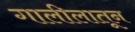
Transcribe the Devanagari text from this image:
गालीलातून